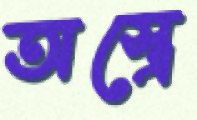
অস্ত্রে